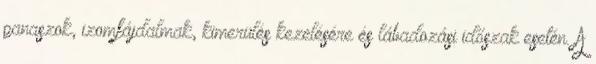
panaszok, izomfájdalmak, kimerülés kezelésére és lábadozási időszak esetén. A